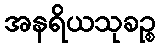
အနရိယသုခဉ္စ